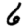
Digit: 6